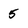
Character: 5